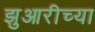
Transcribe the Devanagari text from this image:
झुआरीच्या